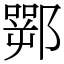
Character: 䣞